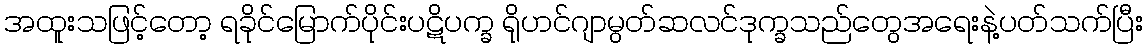
အထူးသဖြင့်တော့ ရခိုင်မြောက်ပိုင်းပဋိပက္ခ ရိုဟင်ဂျာမွတ်ဆလင်ဒုက္ခသည်တွေအရေးနဲ့ပတ်သက်ပြီး